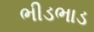
ભીડભાડ